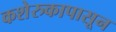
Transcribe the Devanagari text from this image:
कशेरुकापासून